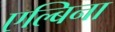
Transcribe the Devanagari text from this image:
एल्बिना